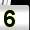
Digit: 5